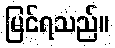
မြင်ရသည်။